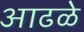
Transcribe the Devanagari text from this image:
आढळे